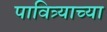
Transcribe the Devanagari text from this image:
पावित्र्याच्या